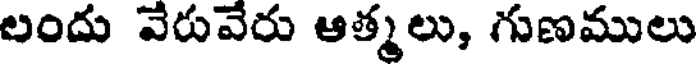
లందు వేరువేరు ఆత్మలు, గుణములు